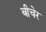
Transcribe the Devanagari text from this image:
बीचेर